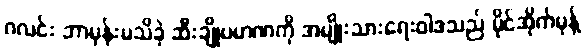
ဂလင်း ဘာမှန်းမသိခဲ့ ဆီးချိုပမာဏကို အမျိုးသားရေးဝါဒသည် မိုင်အိုက်မုန့်